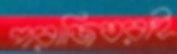
পরাজিতরাই